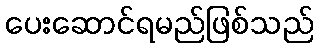
ပေးဆောင်ရမည်ဖြစ်သည်